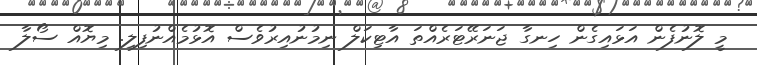
މީ ލޮނުފެން އަޅައިގެން ހިނގާ ޖަނަރޭޓަރެއްތަ އާޓިކަލް ނިމުނުއިރުވެސް އޮޅުމެއްނުފިލި. މިޔޮއް ސޯލާ